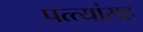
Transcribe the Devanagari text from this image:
पत्त्यांसह